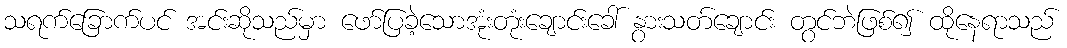
သရက်ခြောက်ပင် အင်းဆိုသည်မှာ ဖော်ပြခဲ့သောအုံးတုံးချောင်းခေါ် နွားသတ်ချောင်း တွင်ဘဲဖြစ်၍ ထိုနေရာသည်